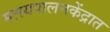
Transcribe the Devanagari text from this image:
मत्स्यपालनकेंद्रात